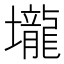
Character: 壠